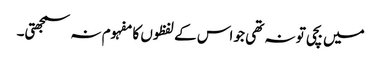
میں بچی تو نہ تھی جو اس کے لفظوں کا مفہوم نہ سمجھتی۔